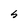
Character: S